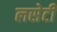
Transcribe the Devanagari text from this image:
लसेटी